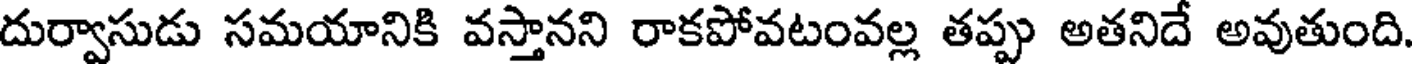
దుర్వాసుడు సమయానికి వస్తానని రాకపోవటంవల్ల తప్పు అతనిదే అవుతుంది